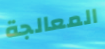
المعالجة